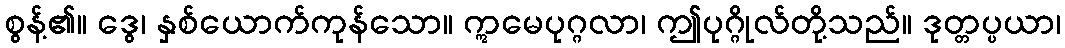
စွန့်၏။ ဒွေ၊ နှစ်ယောက်ကုန်သော။ ဣမေပုဂ္ဂလာ၊ ဤပုဂ္ဂိုလ်တို့သည်။ ဒုတ္တပ္ပယာ၊